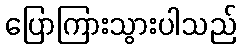
ပြောကြားသွားပါသည်